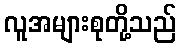
လူအများစုတို့သည်